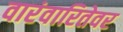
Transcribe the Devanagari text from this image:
वारंवारितेवर